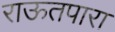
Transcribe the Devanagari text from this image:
राऊतपारा